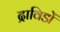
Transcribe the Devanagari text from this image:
द्राविडों